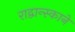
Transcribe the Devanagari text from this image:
राद्वान्स्काने